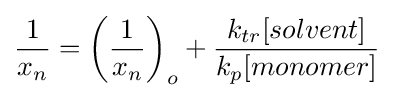
{\frac {1}{x_{n}}}=\left({\frac {1}{x_{n}}}\right)_{o}+{\frac {k_{tr}[solvent]}{k_{p}[monomer]}}